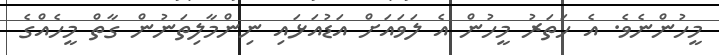
މީހުންނެވެ. އެ ހަތަރު މީހުން އެ ލަވައަށް އަޑުއަޅައި ނިންމާލިތަނުން ގާތް މީހެއްގެ